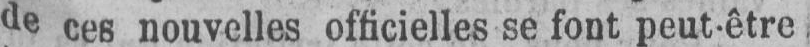
de ces nouvelles officielles se font peut-être.